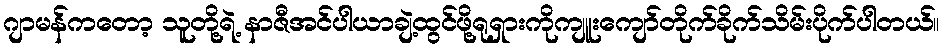
ဂျာမန်ကတော့ သူတို့ရဲ့ နာဇီအင်ပါယာချဲ့ထွင်ဖို့ရုရှားကိုကျူးကျော်တိုက်ခိုက်သိမ်းပိုက်ပါတယ်။